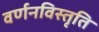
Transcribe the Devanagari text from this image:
वर्णनविस्तृति